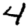
Digit: 4